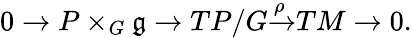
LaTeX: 0\to P\times_{G}{\mathfrak{g}}\to TP/G{\xrightarrow{\rho}}TM\to 0.